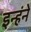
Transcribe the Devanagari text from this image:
इन्हंने